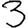
Digit: 3